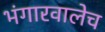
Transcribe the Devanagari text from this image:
भंगारवालेच